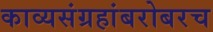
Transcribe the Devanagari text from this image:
काव्यसंग्रहांबरोबरच